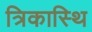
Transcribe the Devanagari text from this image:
त्रिकास्थि